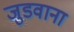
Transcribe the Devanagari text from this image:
जुडवाना